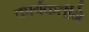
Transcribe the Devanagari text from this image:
कार्यकर्तीने